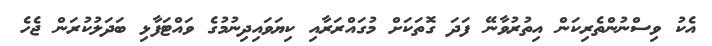
އެކު ވިސްނުންތެރިކަން އިތުރުވާނޭ ފަދަ ގޮތަކަށް މުގައްރަރާއި ކިޔަވައިދިނުމުގެ ވައްޓަފާޅި ބަދަލުކުރަން ޖެހެ